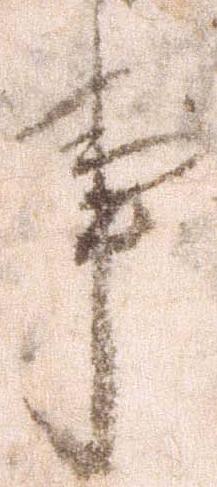
事